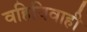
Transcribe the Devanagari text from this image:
वहिविवाही